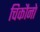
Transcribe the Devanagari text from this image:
चिकौनो